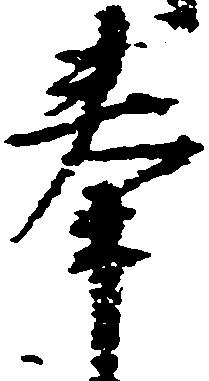
奉